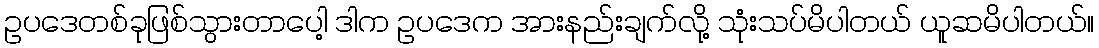
ဥပဒေတစ်ခုဖြစ်သွားတာပေါ့ ဒါက ဥပဒေက အားနည်းချက်လို့ သုံးသပ်မိပါတယ် ယူဆမိပါတယ်။